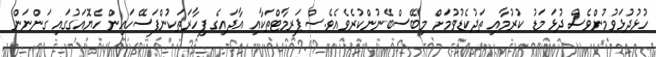
ހުޅުދުޅަވުމުންވެސް ދުޅަ މަޑު ކުރުމާއި ތަދުކެޑުވުމަށް މިބޭސްބޭނުންކުރެވެއެވެ.ސްޕަރމާޓްތަކާއި އާދައިގެ ފިހާރަތަކުންފަސޭހައިން ހެޔޮއަގުގައި ގަންނަން